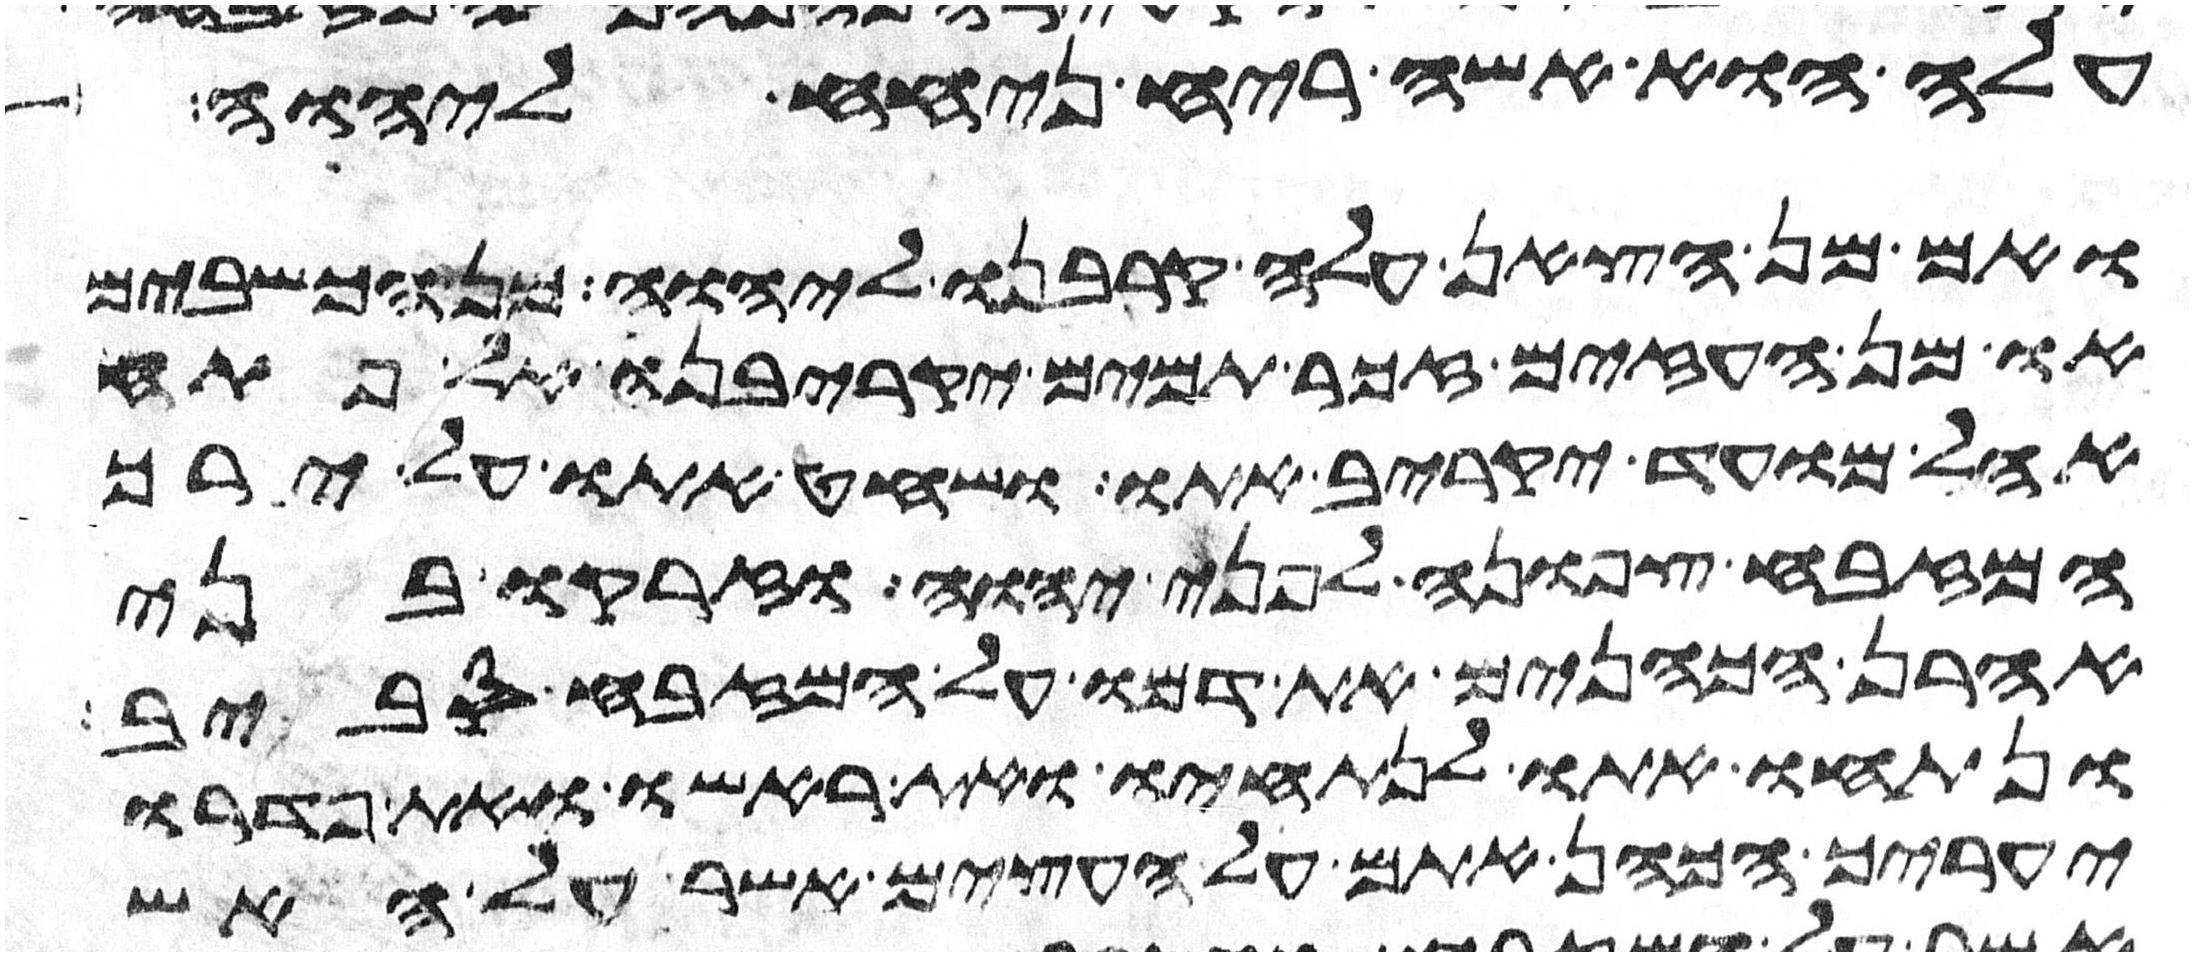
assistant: עלה הוא אשה ריח ניחח ליהוה
ואם מן הצאן עלה קרבנו ליהוה מן הכשבים
או מן העזים זכר תמים יקריבנו אל פתח
אהל מועד יקריב אתו ושחט אתו על ירך
המזבח צפונה לפני יהוה וזרקו בני
אהרן הכהנים את דמו על המזבח סביב
ונתחו אתו לנתחיו ואת ראשו ואת פדרו
יעריך הכהן אתם על העצים אשר על האש